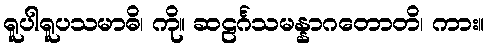
ရူပါရူပသမာဓိ၊ ကို။ ဆဠင်္ဂသမန္နာဂတောတိ၊ ကား။